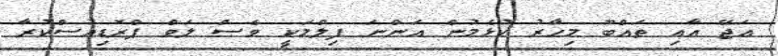
އަޖޭ އާއި ތައްބޫ މިހާރު ކުޅެމުން އަންނަ ފިލްމަކީ ވެސް ލަވް ޕްރޮޑިއުސްކުރާ